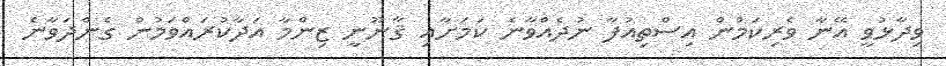
ވިދާޅުވީ އޭނާ ވެރިކަމުން އިސްތިއުފާ ނުދެއްވާނެ ކަމަށާއި ޤާނޫނީ ޒިންމާ އަދާކުރައްވަމުން ގެންދަވާނެ